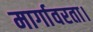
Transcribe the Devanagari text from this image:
मार्गावरता।